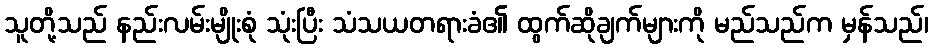
သူတို့သည် နည်းလမ်းမျိုးစုံ သုံးပြီး သံသယတရားခံ၏ ထွက်ဆိုချက်များကို မည်သည်က မှန်သည်၊